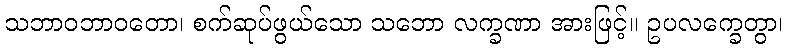
သဘာဝဘာဝတော၊ စက်ဆုပ်ဖွယ်သော သဘော လက္ခဏာ အားဖြင့်။ ဥပလက္ခေတွာ၊